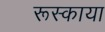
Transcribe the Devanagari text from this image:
रूस्काया